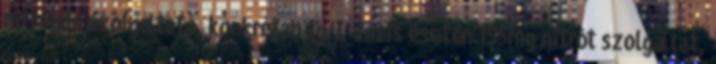
nitrogén szolgáltató, konkrétan 1g L dózis esetén 155mg nitrót szolgáltat,